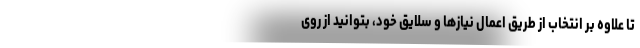
تا علاوه بر انتخاب از طریق اعمال نیازها و سلایق خود، بتوانید از روی